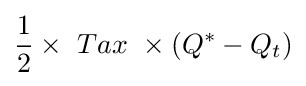
{1 \over 2}\times \ Tax\ \times (Q^{*}-Q_{t})